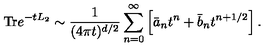
\mathrm { T r } e ^ { - t L _ { 2 } } \sim { \frac { 1 } { ( 4 \pi t ) ^ { d / 2 } } } \sum _ { n = 0 } ^ { \infty } \left[ \bar { a } _ { n } t ^ { n } + \bar { b } _ { n } t ^ { n + 1 / 2 } \right] .